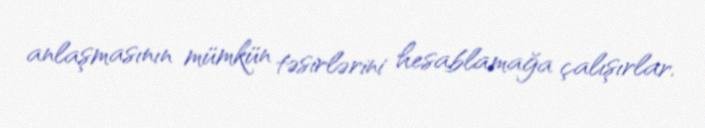
anlaşmasının mümkün təsirlərini hesablamağa çalışırlar.